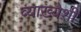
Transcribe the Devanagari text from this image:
व्याख्येशी